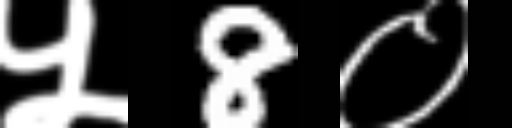
Text: ५8०